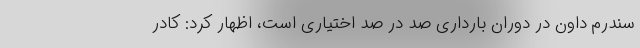
سندرم داون در دوران بارداری صد در صد اختیاری است، اظهار کرد: کادر